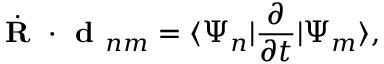
\dot { \textbf { R } } \cdot \textbf { d } _ { n m } = \langle \Psi _ { n } | \frac { \partial } { \partial t } | \Psi _ { m } \rangle ,